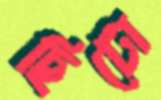
ছিটো